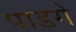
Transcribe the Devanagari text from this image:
पाडगे